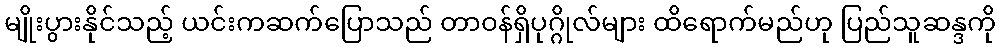
မျိုးပွားနိုင်သည့် ယင်းကဆက်ပြောသည် တာ၀န်ရှိပုဂ္ဂိုလ်များ ထိရောက်မည်ဟု ပြည်သူဆန္ဒကို